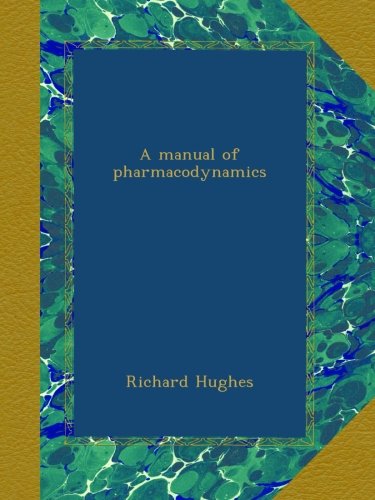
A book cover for A manual of pharmacodynamics; Richard Hughes; Medical Books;